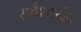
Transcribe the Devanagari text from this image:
सर्वैश्‍वर्यद